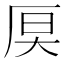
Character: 𪠊